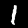
Label: 1